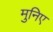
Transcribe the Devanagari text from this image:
मुनिए